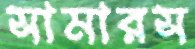
সামারস